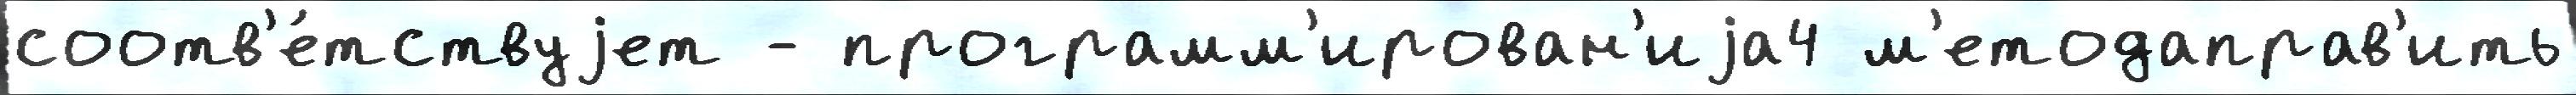
соотв'е́тствуjет - программ'ирован'иjа4 м'етодаправ'ить